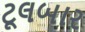
ટૂલબાર